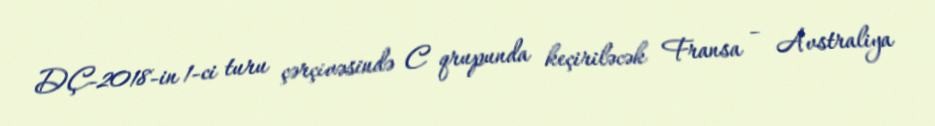
DÇ-2018-in 1-ci turu çərçivəsində C qrupunda keçiriləcək Fransa – Avstraliya